Assam Mental Hospital (Tezpur, India) - 1933-1948
Year: 1933
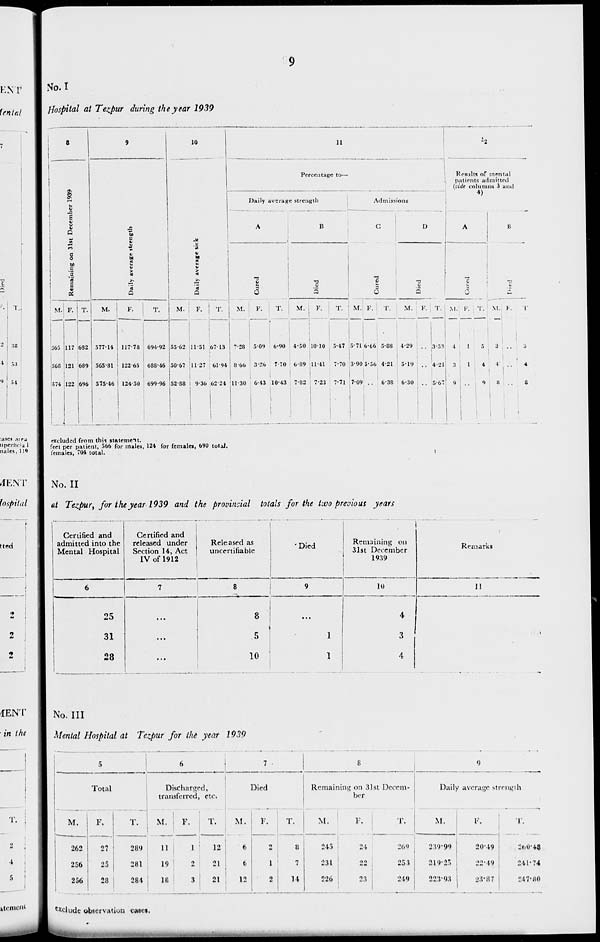
9
No. I
Hospital at Tezpur during the year 1939
8
Remaining on 31st December 1939
M.
565
568
574
F.
117
121
122
T.
682
689
696
9
Daily average strength
M.
577.14
565.81
575.46
F.
117.78
122.65
124.50
T.
694.92
688.46
699.96
10
Daily average sick
M.
55.62
50.67
52.88
F.
11.51
11.27
9.30
T.
67.13
61.94
62.24
11
Percentage to—
Daily average strength
A
Cured
M.
7.28
8.66
11.30
F.
5.09
3.26
6.43
T.
6.90
7.70
10.43
B
Died
M.
4.50
6.89
7.82
F.
10.10
11.41
7.23
T.
5.47
7.70
7.71
Admissions
C
Cured
M.
5.71
3.90
7.09
F.
6.66
5.56
..
T.
5.88
4.21
6.38
D
Died
M.
4.29
5.19
6.30
F.
..
..
..
T.
3.53
4.21
5.67
12
Results of mental
patients admitted
(vide columns 3 and
4)
A
Cured
M.
4
3
9
F.
1
1
..
T.
5
4
9
B
Died
M.
3
4
8
F.
..
..
..
T.
3
4
8
excluded from this statement.
feet per patient, 566 for males, 124 for females, 690 total.
females, 704 total.
No. II
at Tezpur, for the year 1939 and the provincial totals for the two previous years
Certified and
admitted into the
Mental Hospital
6
25
31
28
Certified and
released under
Section 14, Act
IV of 1912
7
...
...
...
Released as
uncertifiable
8
8
5
10
Died
9
...
1
1
Remaining on
31st December
1939
10
4
3
4
Remarks
11
No. III
Mental Hospital at Tezpur for the year 1939
5
Total
M.
262
256
256
F.
27
25
28
T.
289
281
284
6
Discharged,
transferred, etc.
M.
11
19
18
F.
1
2
3
T.
12
21
21
7
Died
M.
6
6
12
F.
2
1
2
T.
8
7
14
8
Remaining on 31st Decem-
ber
M.
245
231
226
F.
24
22
23
T.
269
253
249
9
Daily average strength
M.
239.99
219.25
223.93
F.
20.49
22.49
23.87
T.
260.43
241.74
247.80
exclude observation cases.